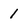
Character: 1